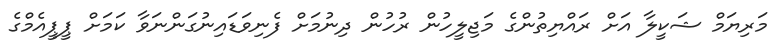
މަަރިޔަމް ޝަކީލާ އަށް ރަައްޔިތުންގެ މަޖިލީހުން ރުހުން ދިނުމަށް ފެނިވަޑައިނުގަންނަވާ ކަމަށް ޕީޕީއެމްގެ